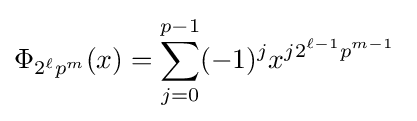
\Phi _{2^{\ell }p^{m}}(x)=\sum _{j=0}^{p-1}(-1)^{j}x^{j2^{\ell -1}p^{m-1}}\;